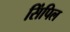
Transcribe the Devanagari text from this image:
सिंपिल